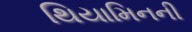
થિયામિનની